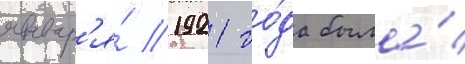
январ'я́ 1921 го́да была́